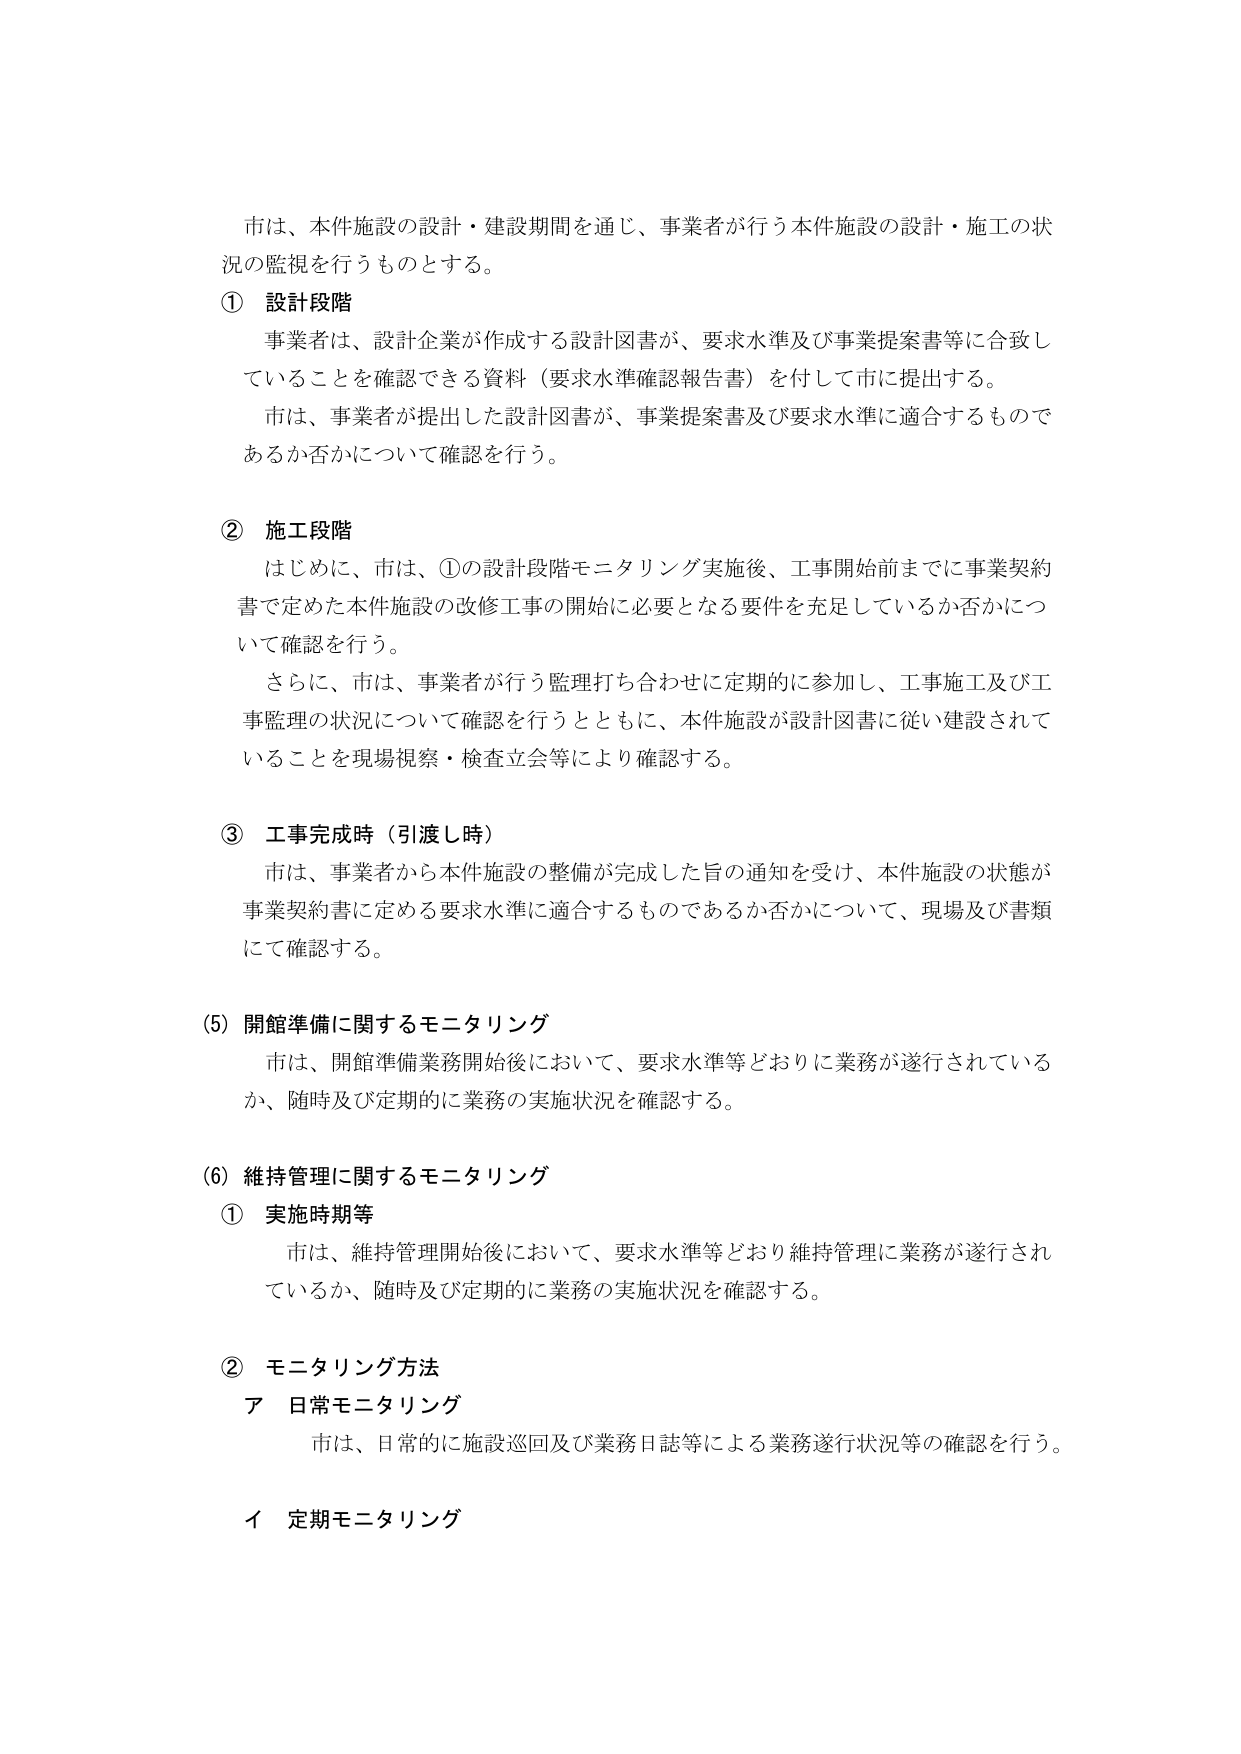
市は、本件施設の設計・建設期間を通じ、事業者が行う本件施設の設計・施工の状況の監視を行うものとする。

① 設計段階
事業者は、設計企業が作成する設計図書が、要求水準及び事業提案書等に合致していることを確認できる資料（要求水準確認報告書）を付して市に提出する。
市は、事業者が提出した設計図書が、事業提案書及び要求水準に適合するものであるか否かについて確認を行う。

② 施工段階
はじめに、市は、①の設計段階モニタリング実施後、工事開始前までに事業契約書で定めた本件施設の改修工事の開始に必要となる要件を充足しているか否かについて確認を行う。
さらに、市は、事業者が行う監理打ち合わせに定期的に参加し、工事施工及び工事監理の状況について確認を行うとともに、本件施設が設計図書に従い建設されていることを現場視察・検査立会等により確認する。

③ 工事完成時（引渡し時）
市は、事業者から本件施設の整備が完成した旨の通知を受け、本件施設の状態が事業契約書に定める要求水準に適合するものであるか否かについて、現場及び書類にて確認する。

(5) 開館準備に関するモニタリング
市は、開館準備業務開始後において、要求水準等どおりに業務が遂行されているか、随時及び定期的に業務の実施状況を確認する。

(6) 維持管理に関するモニタリング
① 実施時期等
市は、維持管理開始後において、要求水準等どおり維持管理に業務が遂行されているか、随時及び定期的に業務の実施状況を確認する。

② モニタリング方法
ア 日常モニタリング
市は、日常的に施設巡回及び業務日誌等による業務遂行状況等の確認を行う。
イ 定期モニタリング